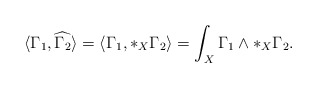
\begin{align*}\langle \Gamma_1,\widehat{\Gamma_2} \rangle = \langle\Gamma_1,*_X\Gamma_2\rangle = \int_X \Gamma_1 \wedge *_X \Gamma_2.\end{align*}